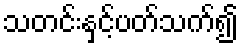
သတင်းနှင့်ပတ်သက်၍